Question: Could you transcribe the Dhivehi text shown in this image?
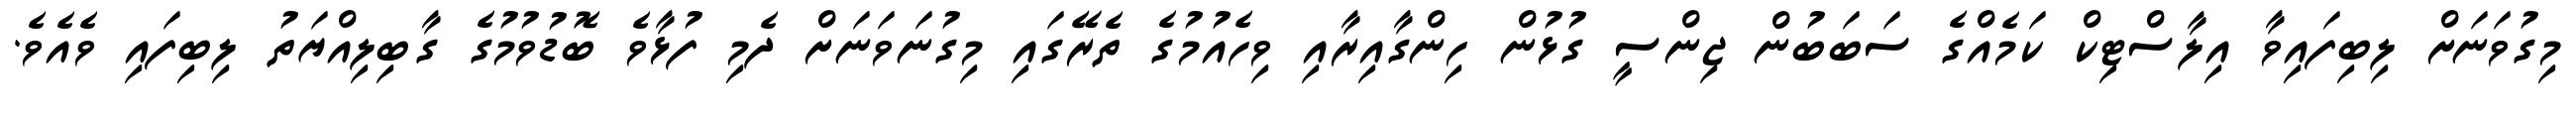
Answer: މިގުވަނަށް ލިބިފައިވާ އިލާސްޓިކް ކަމެއްގެ ސަބަބުން ޖިންސީ ގުޅުން ހިންގާއިރާއި ވިހެއުމުގެ ތެރޭގައި މިގުނަވަނަށް ދެމި ފުޅާވެ ބޮޑުވުމުގެ ގާބިލިއްޔަތު ލިބިފައި ވެއެވެ.